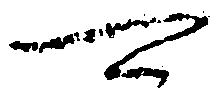
可